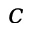
c